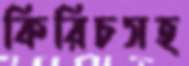
কিরিচসহ